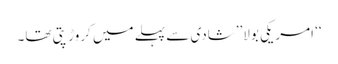
‘‘ امریکی بولا’’شادی سے پہلے میں کروڑ پتی تھا۔